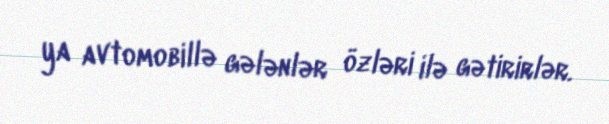
ya avtomobillə gələnlər özləri ilə gətirirlər.